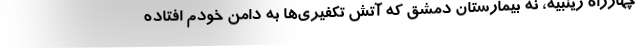
چهارراه زینبیه، نه بیمارستان دمشق که آتش تکفیری‌ها به دامن خودم افتاده